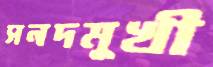
সনদমুখী